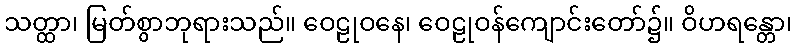
သတ္ထာ၊ မြတ်စွာဘုရားသည်။ ဝေဠုဝနေ၊ ဝေဠုဝန်ကျောင်းတော်၌။ ဝိဟရန္တော၊